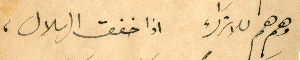
وهم هم للاتَراك اذا خفق الهلال،